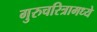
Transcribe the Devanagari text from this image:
गुरुचरित्रामध्ये